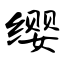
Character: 缨